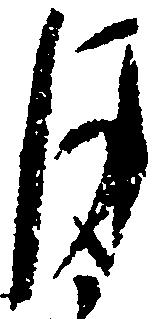
月